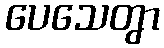
ပေသေတွာ